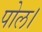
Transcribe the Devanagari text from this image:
पोल।